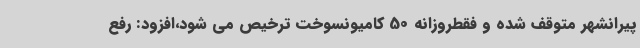
پیرانشهر متوقف شده و فقطروزانه 50 کامیونسوخت ترخیص می شود،افزود: رفع